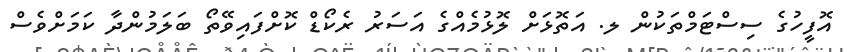
އޮފީހުގެ ސިސްޓަމްތަކުން ލ. އަތޮޅަށް ލޮޅުމެއްގެ އަސަރު ރެކޯޑް ކޮށްފައިވޭތޯ ބަލަމުންދާ ކަމަށްވެސް